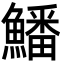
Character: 鱕